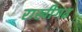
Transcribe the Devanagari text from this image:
राखीगढ